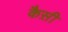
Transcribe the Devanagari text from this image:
कैस़ी